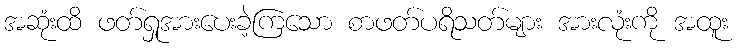
အဆုံးထိ ဖတ်ရှုအားပေးခဲ့ကြသော စာဖတ်ပရိသတ်များ အားလုံးကို အထူး